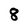
Character: 8